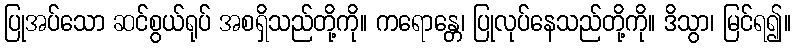
ပြုအပ်သော ဆင်စွယ်ရုပ် အစရှိသည်တို့ကို။ ကရောန္တေ၊ ပြုလုပ်နေသည်တို့ကို။ ဒိသွာ၊ မြင်ရ၍။